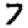
Digit: 7